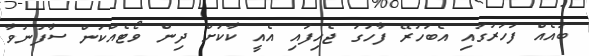
ބައެއް ފަހަރުގައި އެބަހުރޭ ފާހަގަ ޖެހިފައި އެއީ ކާކަށް ދިން ވޯޓެއްކަން ސާފުނުވާ